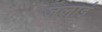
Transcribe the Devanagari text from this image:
जलाइं